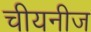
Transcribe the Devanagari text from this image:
चीयनीज